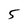
Character: 5